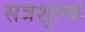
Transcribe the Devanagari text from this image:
सत्रशुल्क